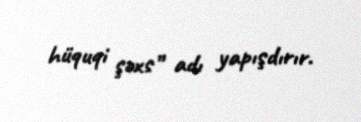
hüquqi şəxs” adı yapışdırır.